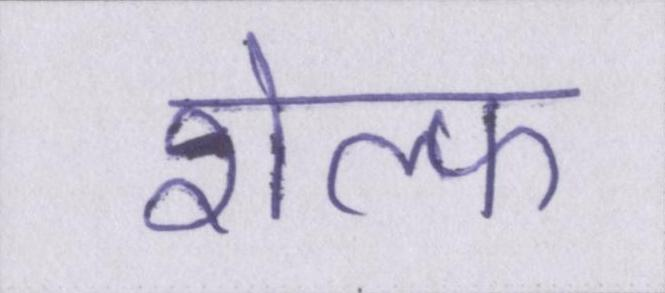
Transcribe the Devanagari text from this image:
शेल्फ